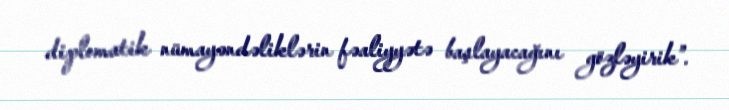
diplomatik nümayəndəliklərin fəaliyyətə başlayacağını gözləyirik”.